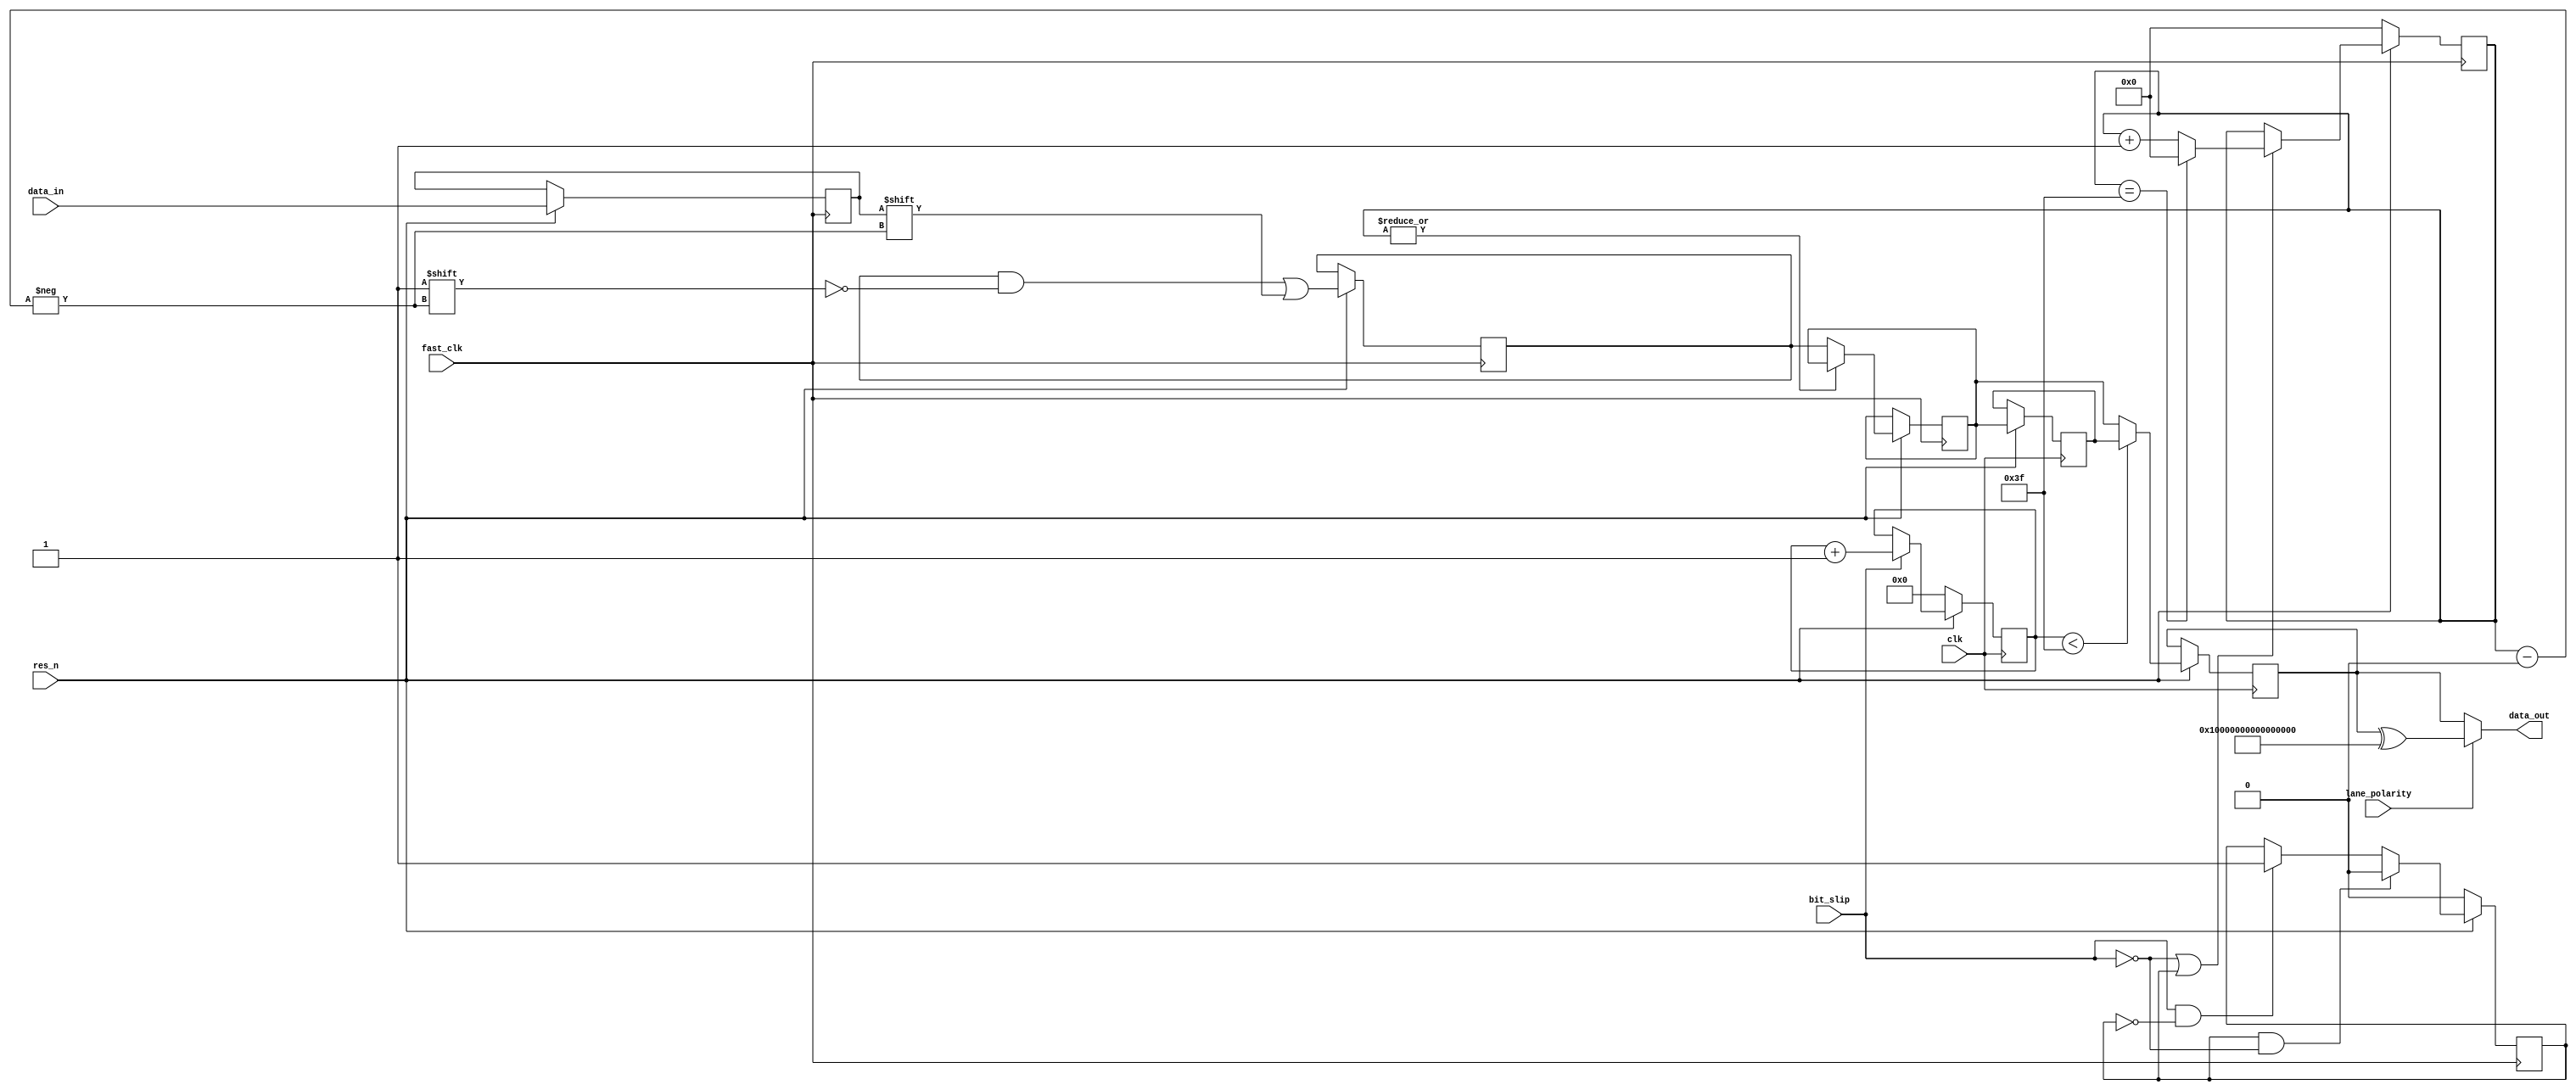
module deserializer #(
	parameter LOG_DWIDTH=7,
	parameter DWIDTH=64
)
(
	input  wire 			clk,
	input  wire 			res_n,
	input  wire 			fast_clk,
	input  wire 			bit_slip,
	input  wire 			data_in,
	output wire [DWIDTH-1:0]data_out,
	input  wire 			lane_polarity
);
reg [DWIDTH-1:0] 	tmp_buffer;
reg [DWIDTH-1:0] 	buffer;
reg [DWIDTH-1:0] 	buffer2;
reg [DWIDTH-1:0] 	data_out_temp;
reg [LOG_DWIDTH-1:0]curr_bit = 'h0;
reg [5:0]			bit_slip_cnt;
reg 				bit_slip_done = 1'b0;
reg d_in_dly;
assign data_out = lane_polarity ? data_out_temp^{DWIDTH{1'b1}} : data_out_temp;
// SEQUENTIAL PROCESS
always @ (posedge fast_clk) begin
	if(!res_n) begin
		curr_bit 		<= {LOG_DWIDTH{1'b0}};
		bit_slip_done 	<= 1'b0;
	end else begin
		#1ps d_in_dly <= data_in;
		if (!bit_slip || bit_slip_done) begin
			if(curr_bit == DWIDTH-1) begin
				curr_bit <= 0;
			end else begin
				curr_bit 	 <= curr_bit + 1;
			end
		end
		if (bit_slip && !bit_slip_done)
			bit_slip_done <= 1'b1;
		if (bit_slip_done && !bit_slip)
			bit_slip_done <= 1'b0;
		if (|curr_bit == 1'b0) begin
			buffer <= tmp_buffer;
		end
		tmp_buffer[curr_bit] <= d_in_dly;
 	end
end
always @ (posedge clk) begin
	if(!res_n) begin
		bit_slip_cnt <= 6'h0;
	end else begin
		if(bit_slip)
			bit_slip_cnt <= bit_slip_cnt + 1;
		buffer2 <= buffer;
		if(bit_slip_cnt < DWIDTH-1) begin
			data_out_temp <= buffer2;
		end else begin
			data_out_temp <= buffer;
		end
	end
end
endmodule